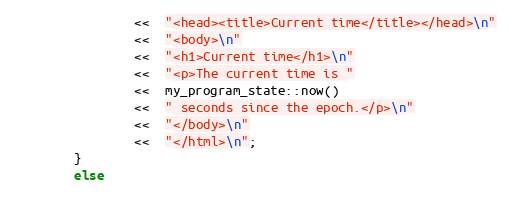
Language: C++
                <<  "<head><title>Current time</title></head>\n"
                <<  "<body>\n"
                <<  "<h1>Current time</h1>\n"
                <<  "<p>The current time is "
                <<  my_program_state::now()
                <<  " seconds since the epoch.</p>\n"
                <<  "</body>\n"
                <<  "</html>\n";
        }
        else